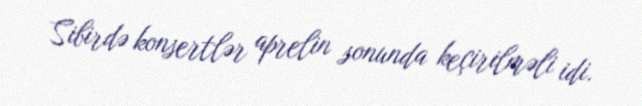
Sibirdə konsertlər aprelin sonunda keçirilməli idi.